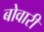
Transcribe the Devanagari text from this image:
बोवारी